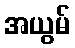
အယွမ်